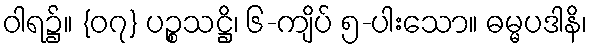
ဝါရ၌။ {၀၇} ပဉ္စသဋ္ဌိ၊ ၆-ကျိပ် ၅-ပါးသော။ ဓမ္မပဒါနိ၊